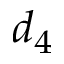
d _ { 4 }